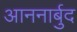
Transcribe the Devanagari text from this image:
आननार्बुद